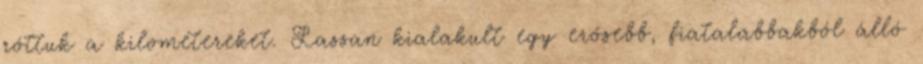
róttuk a kilométereket. Lassan kialakult egy erősebb, fiatalabbakból álló